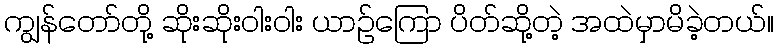
ကျွန်တော်တို့ ဆိုးဆိုးဝါးဝါး ယာဉ်ကြော ပိတ်ဆို့တဲ့ အထဲမှာမိခဲ့တယ်။